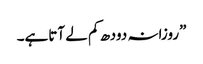
”روزانہ دودھ کم لے آتاہے۔